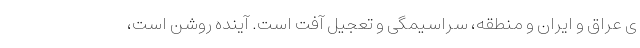
ی عراق و ایران و منطقه، سراسیمگی و تعجیل آفت است. آینده روشن است،